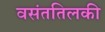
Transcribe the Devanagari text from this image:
वसंततिलकी